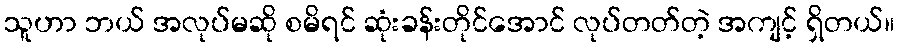
သူဟာ ဘယ် အလုပ်မဆို စမိရင် ဆုံးခန်းတိုင်အောင် လုပ်တတ်တဲ့ အကျင့် ရှိတယ်။